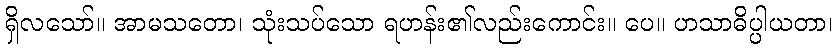
ရှိလသော်။ အာမသတော၊ သုံးသပ်သော ရဟန်း၏လည်းကောင်း။ ပေ။ ဟသာဓိပ္ပါယတာ၊